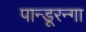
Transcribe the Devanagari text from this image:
पान्डूरन्गा